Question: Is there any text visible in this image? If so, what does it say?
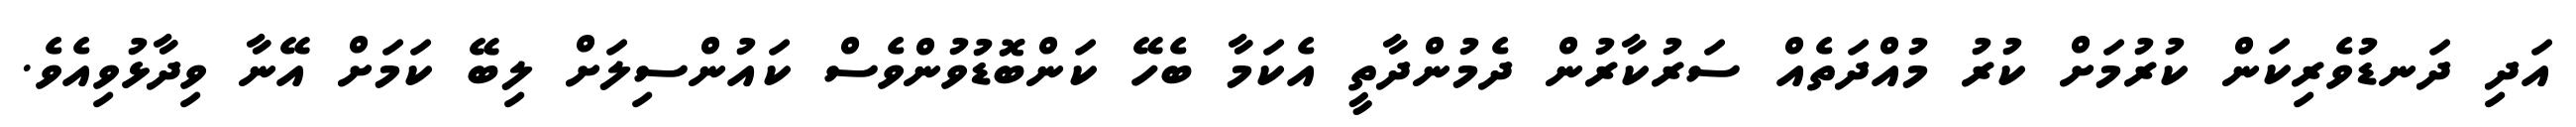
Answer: އަދި ދަނޑުވެރިކަން ކުރުމަށް ކުރު މުއްދަތެއް ސަރުކާރުން ދެމުންދާތީ އެކަމާ ބެހޭ ކަންބޮޑުވުންވެސް ކައުންސިލަށް ލިބޭ ކަމަށް އޭނާ ވިދާޅުވިއެވެ.